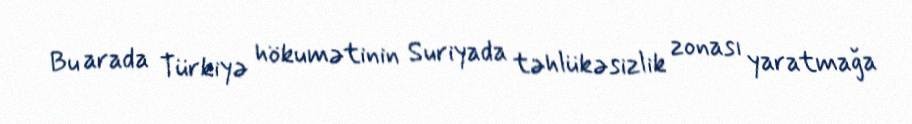
Bu arada Türkiyə hökumətinin Suriyada təhlükəsizlik zonası yaratmağa